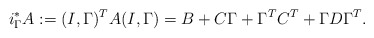
\begin{align*}i_{\Gamma}^* A := (I, \Gamma)^T A (I,\Gamma) = B + C\Gamma + \Gamma^T C^T + \Gamma D \Gamma^T.\end{align*}